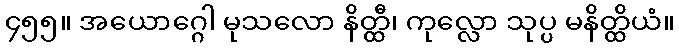
၄၅၅။ အယောဂ္ဂေါ မုသလော နိတ္ထီ၊ ကုလ္လော သုပ္ပ မနိတ္ထိယံ။